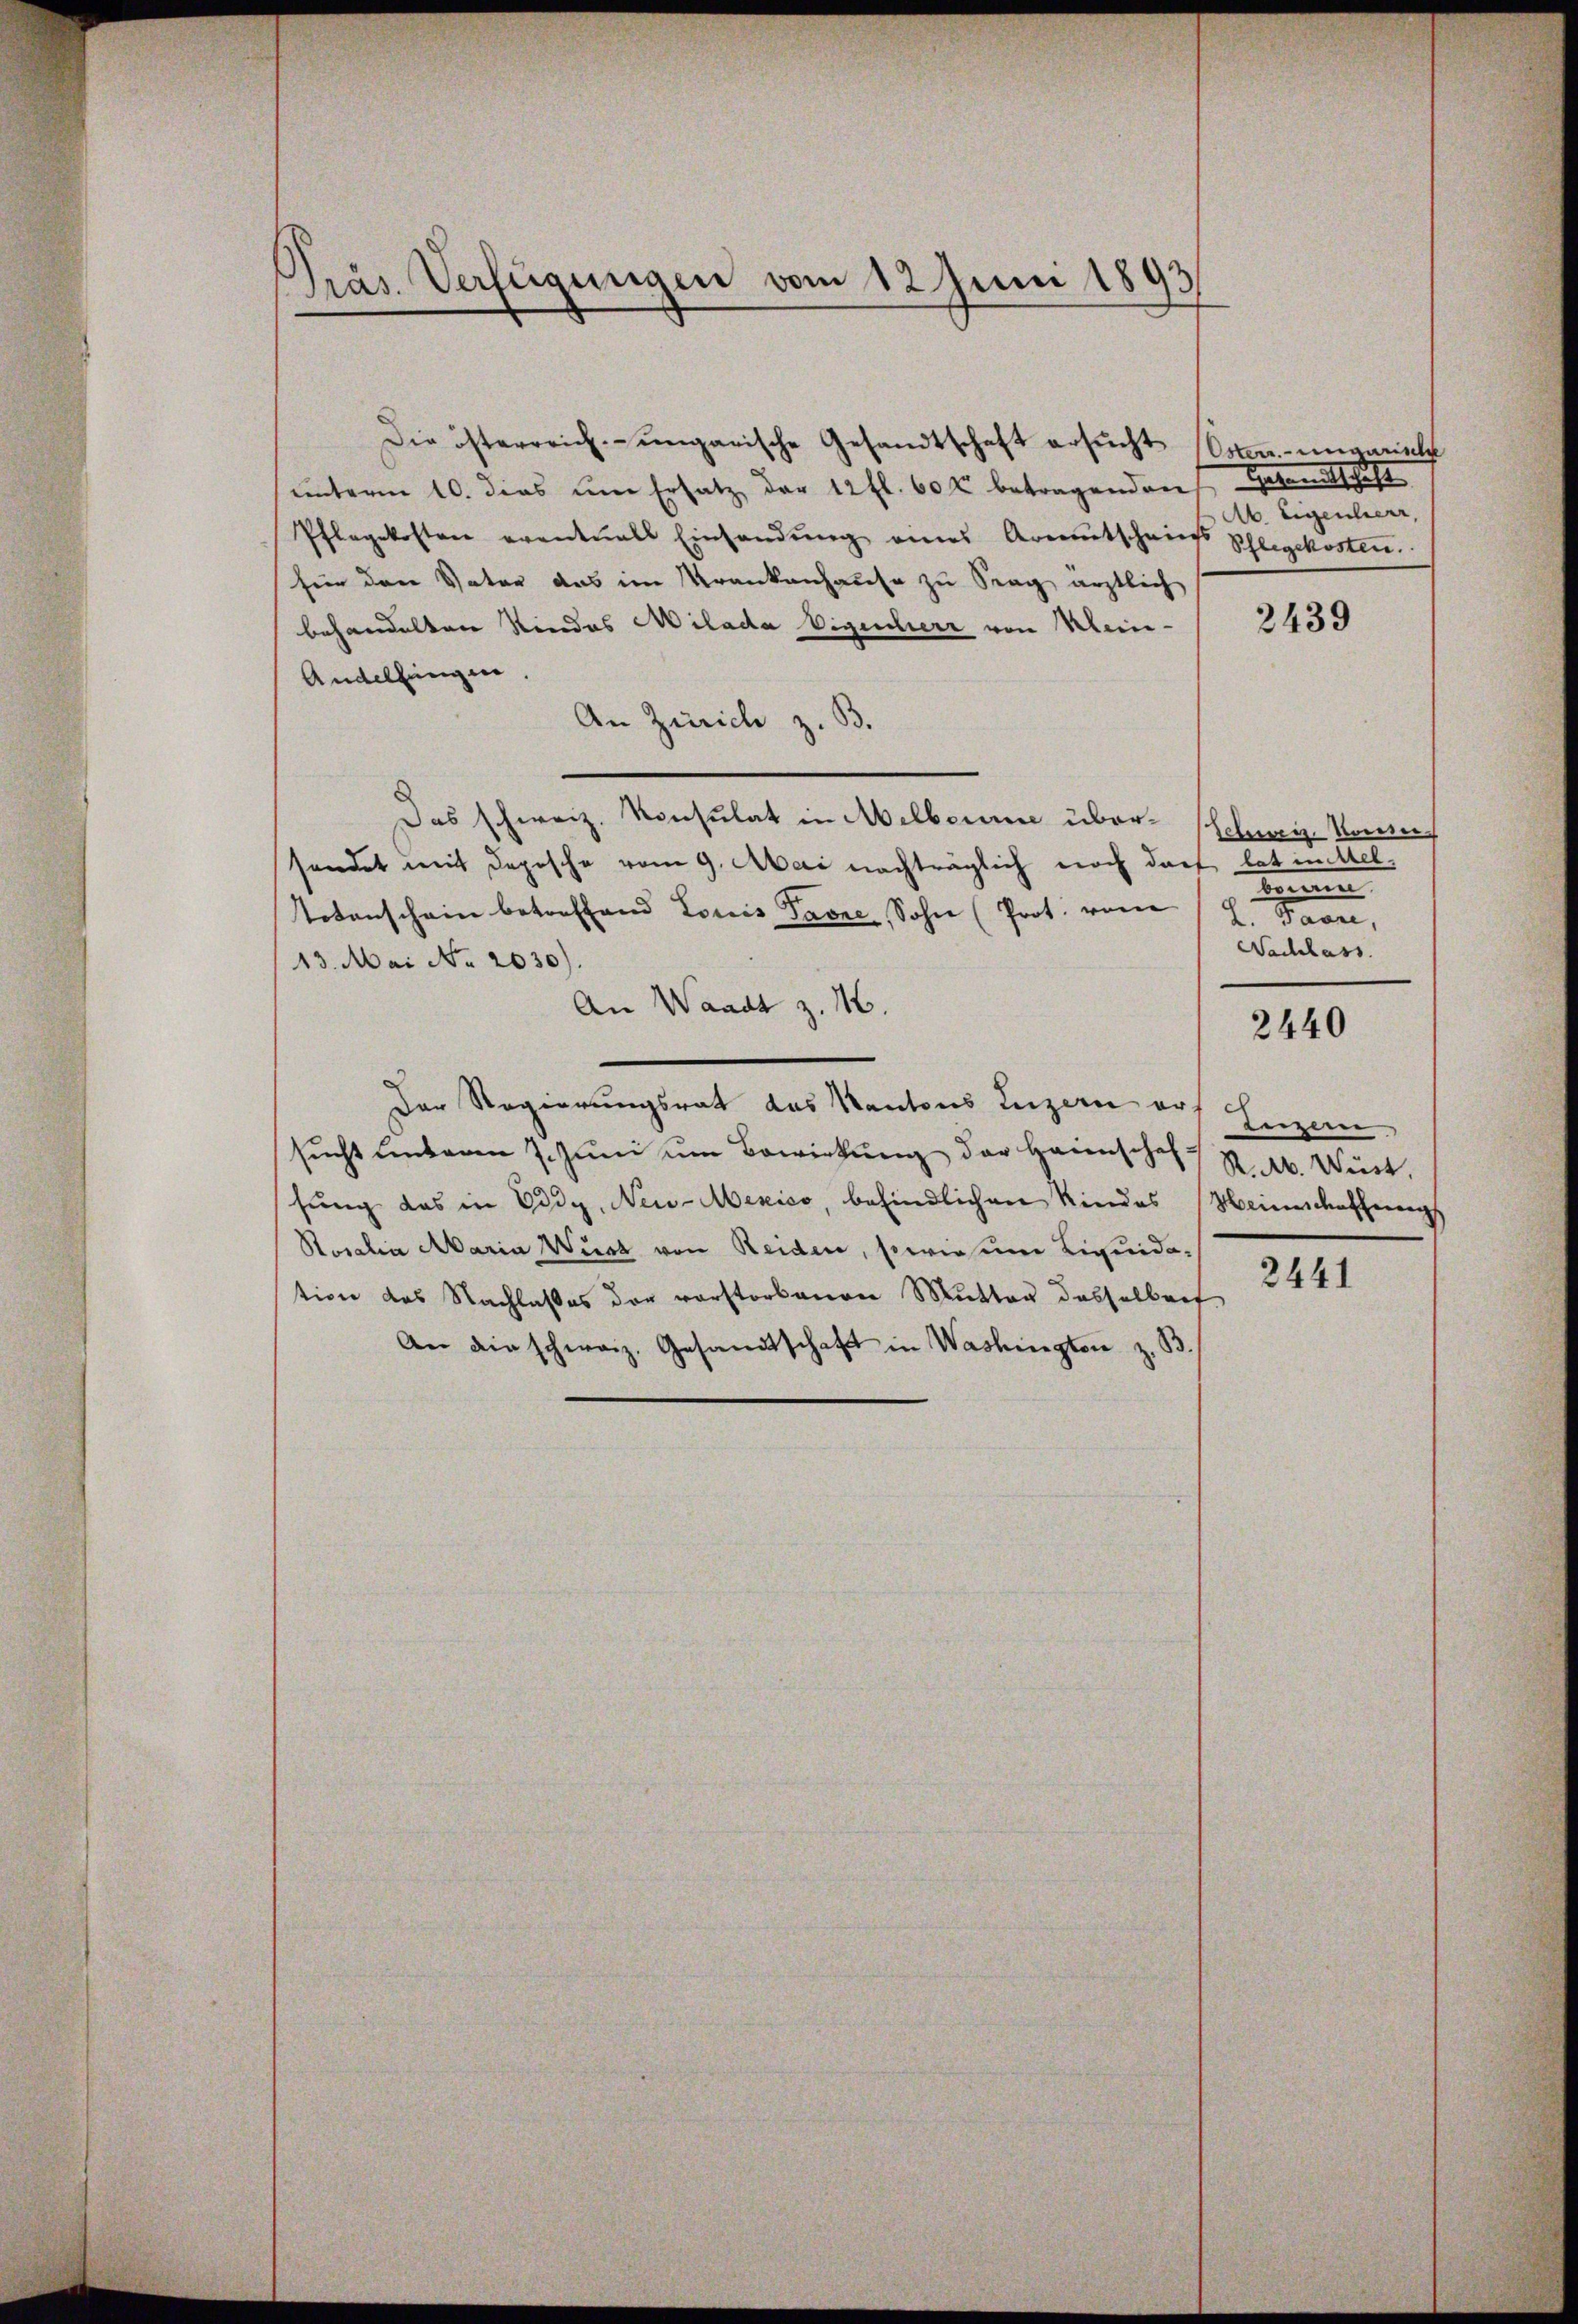
Pras Verfügungen vom 12 Juni 1893

Die österreich-ungarische Gesandtschaft ersŭcht (Osten ungaret
unterm 10. dies ŭm Ersatz der 12 fl. 60 f betragendenstandtschaft
Pflegekosten eventuall Einsandŭng eines Arentscheins Schlegekosten.
für den Vater das im Krankenhause zu trag ärztlich
behandelten Kindes Milada Eigenherr von Mein " 2430
Andelfingen.
An Zürich z. B.
Das schweiz. Konsulat in Melborne über Helweg kann
sendet mit Depesche vom 9. Mai nachträglich noch darf hat mittelotenschein betreffend Louis Taver, Sohn (Prot. vom 12. Favre,
13. Mai No 2030).
An Waadt z. M.
Der Regierungsrat das Kantons Luzern ersŭcht Lenbaren 7. Jŭni ŭm Bewirkung der Heimschaft R. ab. Wüst
sŭng das in Eidg, Neu-Mexico, befindlichen Kindes Meinschaffene
Rosalia Maria Wurz von Reiden, sowiesem Liquidation des Nachlasses der vorstorbenen Mutter dasselben
An die schweiz. Gesandtschaft in Washington z. B.

Ab. Eigenherr,

mei
Nachlass

2440

berzen

2441